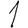
Digit: 1